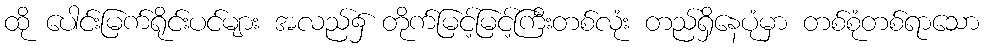
ထို ပေါင်းမြက်ရိုင်းပင်များ အလည်၌ တိုက်မြင့်မြင့်ကြီးတစ်လုံး တည်ရှိနေပုံမှာ တစ်စုံတစ်ရာသော